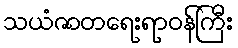
သယံဇာတရေးရာဝန်ကြီး